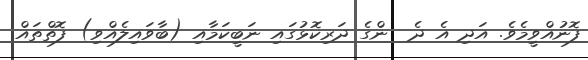
ފޮނުއްވީމެވެ. އަދި އެ ދެ  ންގެ ދަރިކޮޅުގައި ނަބީކަމާއި (ބާވައިލެއްވި) ފޮތްތައް